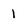
Character: 1